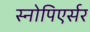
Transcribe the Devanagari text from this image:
स्नोपिएर्सर